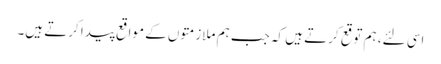
اسی لئے، ہم توقع کرتے ہیں کہ جب ہم ملازمتوں کے مواقع پیدا کرتے ہیں۔